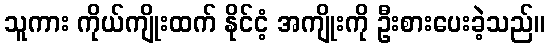
သူကား ကိုယ်ကျိုးထက် နိုင်ငံ့ အကျိုးကို ဦးစားပေးခဲ့သည်။